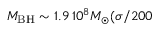
M _ { \mathrm { B H } } \sim 1 . 9 \, 1 0 ^ { 8 } M _ { \odot } ( \sigma / 2 0 0